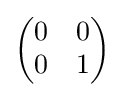
{\begin{pmatrix}0&0\\0&1\end{pmatrix}}